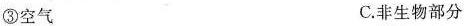
③空气 C.非生物部分